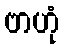
ဗာဟုံ